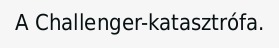
A Challenger-katasztrófa.